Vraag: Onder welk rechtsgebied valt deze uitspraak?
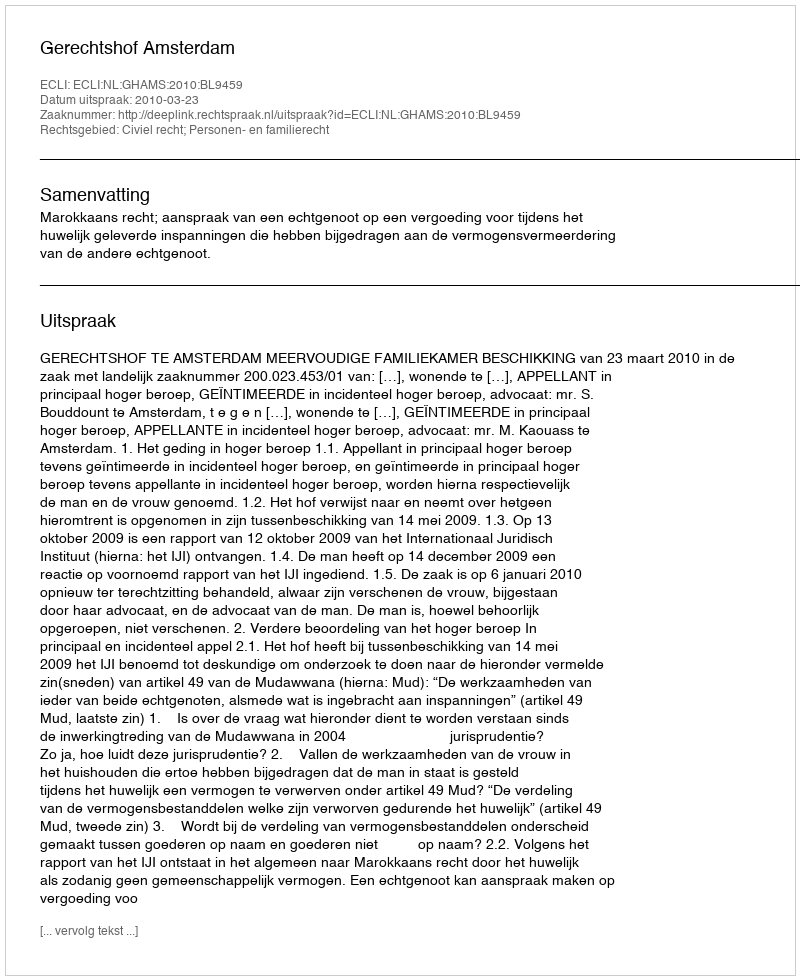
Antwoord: Civiel recht; Personen- en familierecht